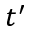
t ^ { \prime }